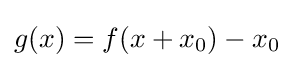
g(x)=f(x+x_{0})-x_{0}